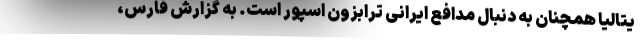
یتالیا همچنان به دنبال مدافع ایرانی ترابزون اسپور است. به گزارش فارس،